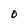
Character: O